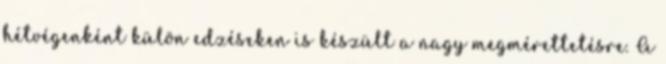
hétvégenként külön edzéseken is készült a nagy megmérettetésre. A